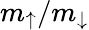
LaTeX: m_{\uparrow}/m_{\downarrow}